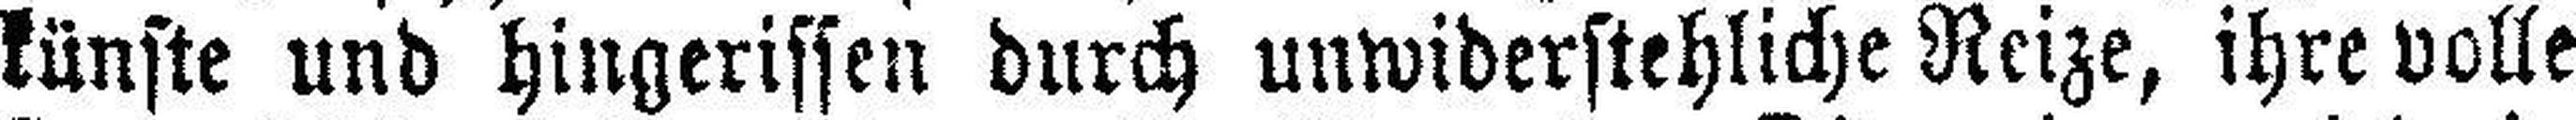
künste und hingerissen durch unwiderstehliche Reize, ihre volle